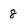
Character: 8